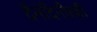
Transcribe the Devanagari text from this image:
दैनंदिनीतही